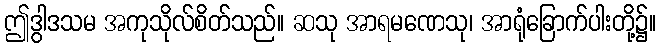
ဤဒွါဒသမ အကုသိုလ်စိတ်သည်။ ဆသု အာရမဏေသု၊ အာရုံခြောက်ပါးတို့၌။